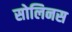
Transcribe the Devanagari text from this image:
सोलिनस